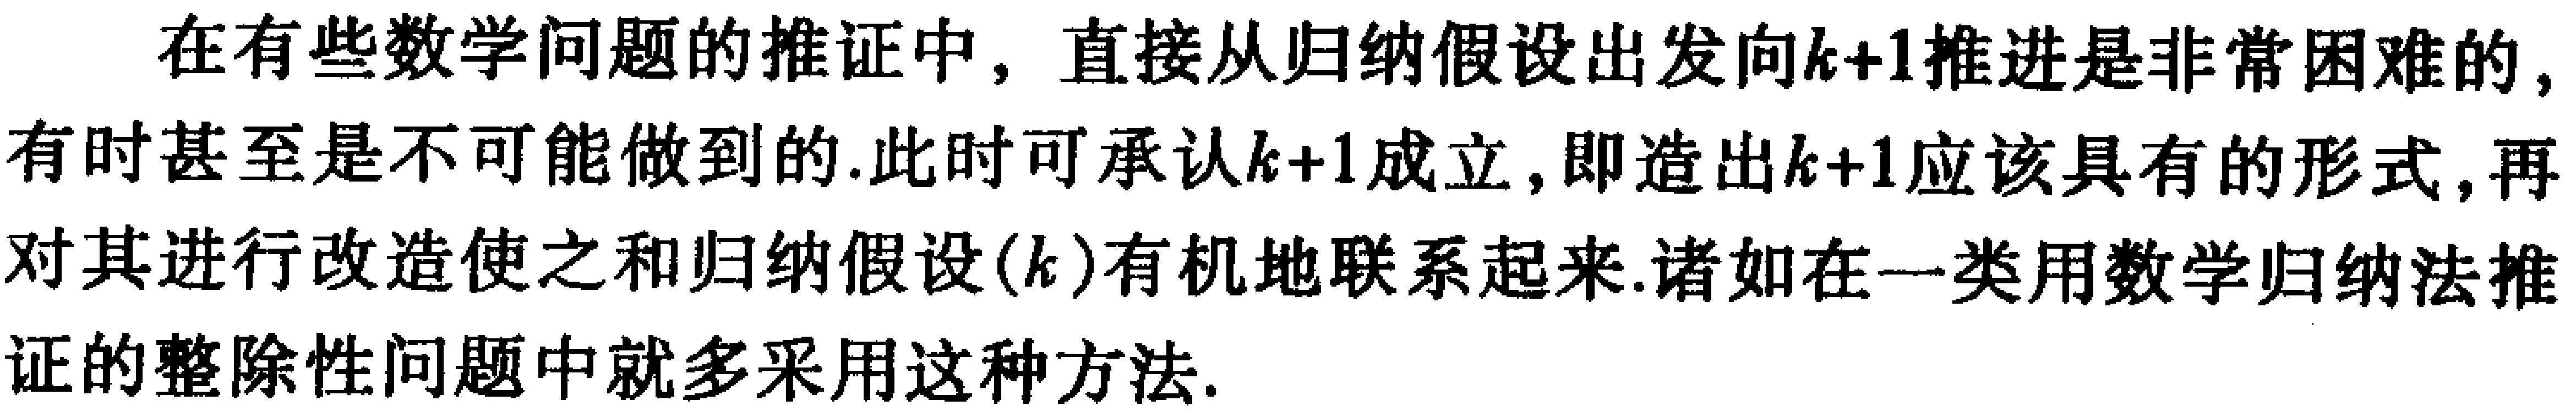
在有些数学问题的推证中，直接从归纳假设出发向\(k + 1\)推进是非常困难的，有时甚至是不可能做到的.此时可承认\(k + 1\)成立，即造出\(k + 1\)应该具有的形式，再对其进行改造使之和归纳假设\((k)\)有机地联系起来.诸如在一类用数学归纳法推证的整除性问题中就多采用这种方法.